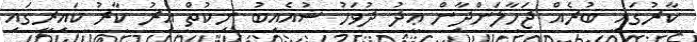
ކާރުގައި ބުރެއް ޖަހާލަންދާން ޢީދު ދުވަހު ޝުއެއިބު ނިކުތް އިރު ކާރު ކައިރީގައި